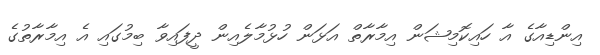
އިންޑިއާގެ އާ ހައިކޮމިޝަން އިމާރާތް އަޅަން ހުޅުމާލެއިން ދީފައިވާ ބިމުގައި އެ އިމާރާތުގެ